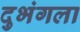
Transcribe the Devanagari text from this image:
दुभंगला